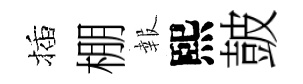
插棚報熙皷